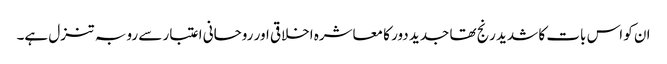
ان کو اس بات کا شدید رنج تھا جدید دور کا معاشرہ اخلاقی اور روحانی اعتبار سے رو بہ تنزل ہے۔